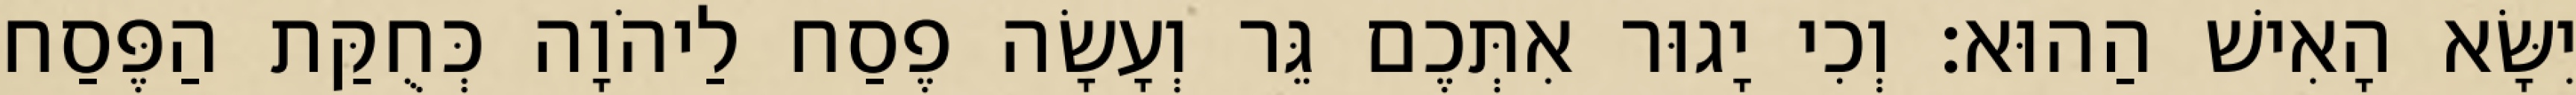
יִשָּׂא הָאִישׁ הַהוּא׃ וְכִי יָגוּר אִתְּכֶם גֵּר וְעָשָׂה פֶסַח לַיהֹוָה כְּחֻקַּת הַפֶּסַח